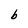
Character: b